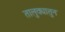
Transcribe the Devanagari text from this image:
तालुक्यातुन